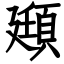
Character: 頲